Indian journal of veterinary science and animal husbandry - Volume 11,
Year: 1941
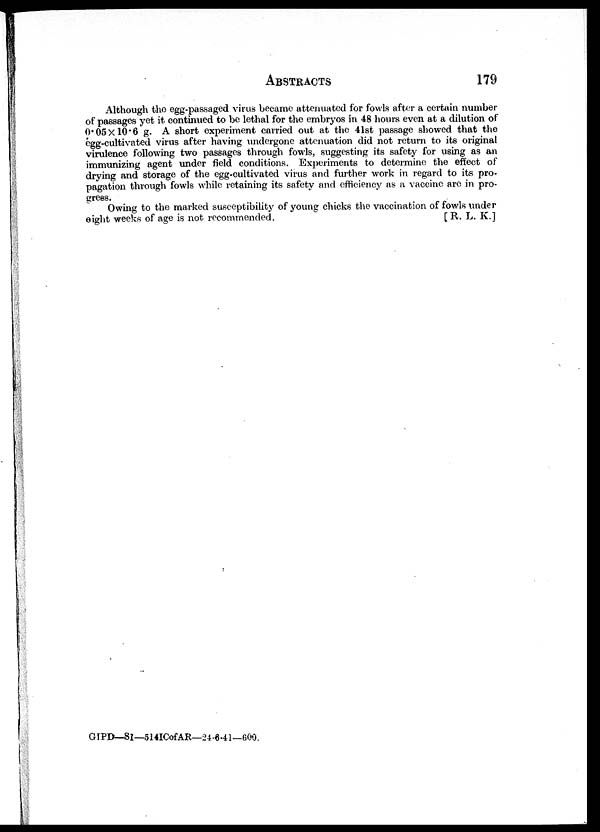
ABSTRACTS 179
Although the egg-passaged virus became attenuated for fowls after a certain number
of passages yet it continued to be lethal for the embryos in 48 hours even at a dilution of
0.05×10.6 g. A short experiment carried out at the 41st passage showed that the
egg-cultivated virus after having undergone attenuation did not return to its original
virulence following two passages through fowls, suggesting its safety for using as an
immunizing agent under field conditions. Experiments to determine the effect of
drying and storage of the egg-cultivated virus and further work in regard to its pro-
pagation through fowls while retaining its safety and efficiency as a vaccine are in pro-
gress.
Owing to the marked susceptibility of young chicks the vaccination of fowls under
eight weeks of age is not recommended.
[R. L. K.]
GIPD—SI—514ICofAR—24-6-41— 600.